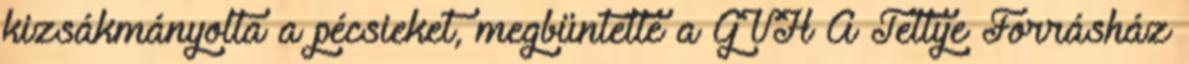
kizsákmányolta a pécsieket, megbüntette a GVH A Tettye Forrásház